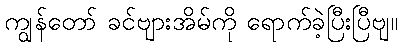
ကျွန်တော် ခင်ဗျားအိမ်ကို ရောက်ခဲ့ပြီးပြီဗျ။